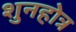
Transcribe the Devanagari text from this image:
शुनहोत्र